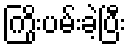
ကြိုးပမ်းခဲ့ပြီး